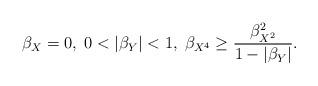
LaTeX: \begin{align*}\beta_{X}=0,\; 0<|\beta_Y|<1,\;\beta_{X^4}\geq \frac{\beta_{X^2}^2}{1-|\beta_Y|}.\end{align*}